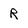
Character: R